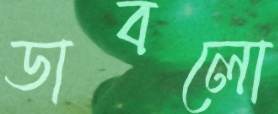
ডাবলো